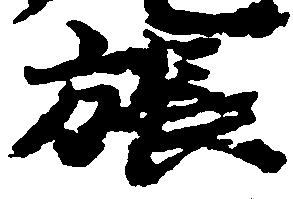
張